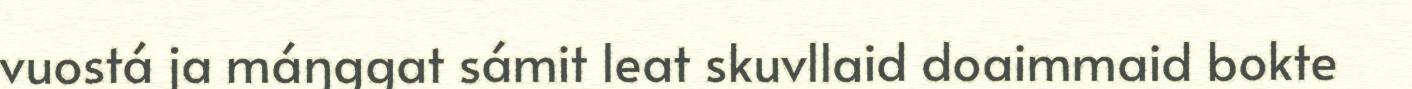
vuostá ja máŋggat sámit leat skuvllaid doaimmaid bokte